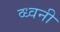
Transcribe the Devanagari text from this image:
व्ध्वनी